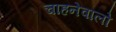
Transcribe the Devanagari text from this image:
चाहनेवालो